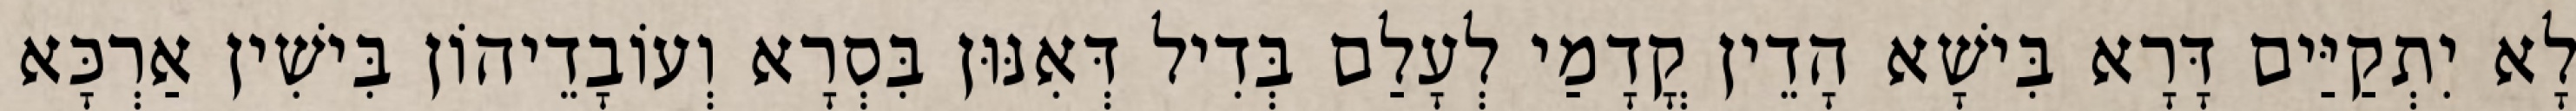
לָא יִתְקַיַּים דָּרָא בִּישָׁא הָדֵין קֳדָמַי לְעָלַם בְּדִיל דְּאִנּוּן בִּסְרָא וְעוֹבָדֵיהוֹן בִּישִׁין אַרְכָּא